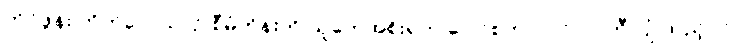
တိုင်ဖွန်း တိုက်လေယာဉ် စီမံကိန်းကို ယူကေအစိုးရက ပေါင်စတာလင် ၁၂ ဘီလျံ ထည့်ဝင်